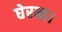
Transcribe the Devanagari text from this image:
घेरना।